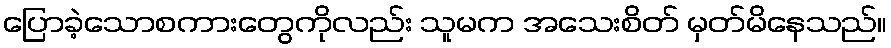
ပြောခဲ့သောစကားတွေကိုလည်း သူမက အသေးစိတ် မှတ်မိနေသည်။